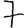
Digit: 7